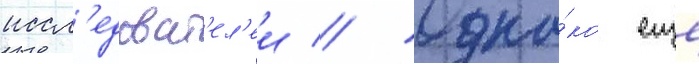
иссл'едоват'ел'еи // Одна́ко еще